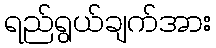
ရည်ရွယ်ချက်အား